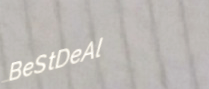
BeStDeAl